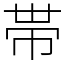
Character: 帯